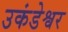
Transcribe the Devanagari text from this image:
उकंडेश्वर